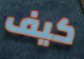
كيف